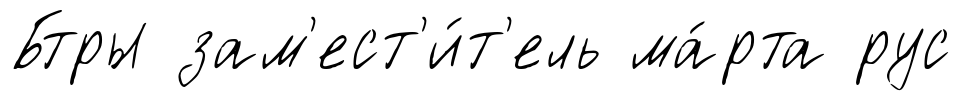
Бтры зам'ест'и́т'ель ма́рта рус